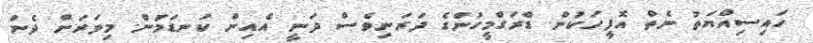
ހައިސިއްޔަތު ނެތް އޮފީހަކުން. ޑްރަގްމީހުންގެ ދަރަނިވެސް ދަނީ އެއިން ކަނޑަމަުން. މިވަރަށް ދެން